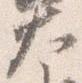
大